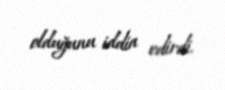
olduğunu iddia edirdi.